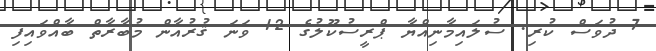
7 ދުވަސް ކުރި. ސުލައިމާނިއްޔާ ޕްރީސުކޫލުގެ 12 ވަނަ ޤުރުއާން މުބާރާތް ބާއްވައިފި